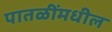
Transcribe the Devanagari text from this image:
पातळींमधील